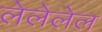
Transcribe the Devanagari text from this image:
लेलेलेल